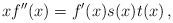
LaTeX: \begin{align*} xf''(x) = f'(x) s(x) t(x)\,, \end{align*}